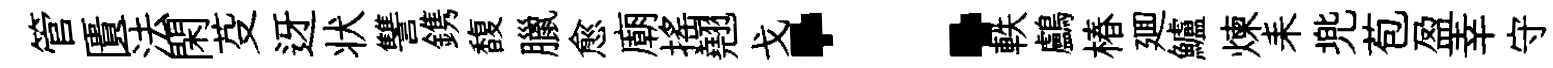
管匱法閑芟迓状讐鎸馥臘愈廟摇翹戈：軼鸕椿廽鱸煉耒兠苞盈幸守